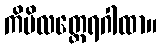
ကိမိလတ္ထေရဂါထာ။